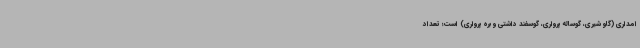
امداری (گاو شیری، گوساله پرواری، گوسفند داشتی و بره پرواری) است؛ تعداد